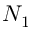
N _ { 1 }